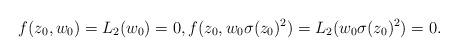
LaTeX: \begin{align*} f(z_0, w_0) = L_2(w_0) = 0, f(z_0, w_0\sigma(z_0)^2) = L_2(w_0\sigma(z_0)^2) = 0. \end{align*}